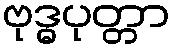
ဗုဒ္ဓပုတ္တာ